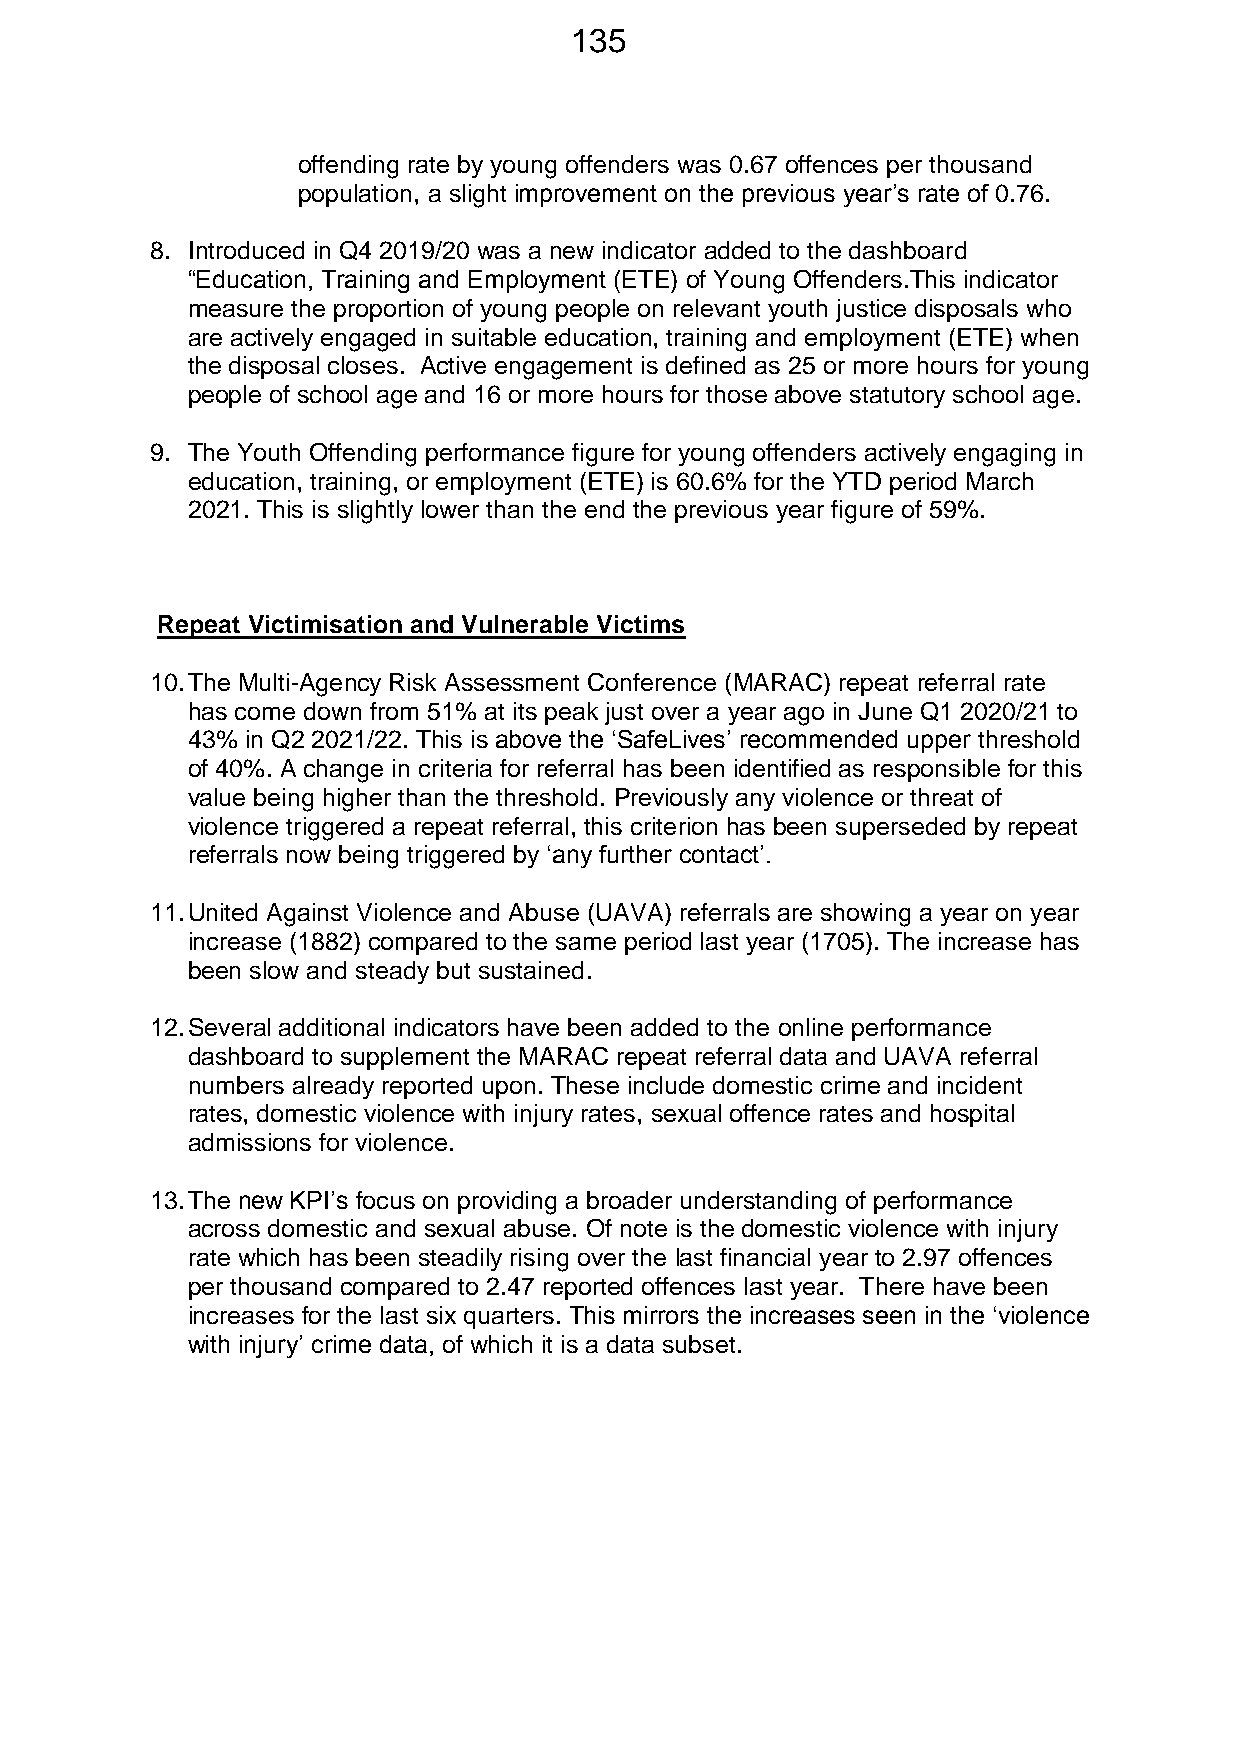
135
 offending rate by young offenders was 0.67 offences per thousand
 population, a slight improvement on the previous year’s rate of 0.76.
 8. Introduced in Q4 2019/20 was a new indicator added to the dashboard
 “Education, Training and Employment (ETE) of Young Offenders.This indicator
 measure the proportion of young people on relevant youth justice disposals who
 are actively engaged in suitable education, training and employment (ETE) when
 the disposal closes. Active engagement is defined as 25 or more hours for young
 people of school age and 16 or more hours for those above statutory school age.
 9. The Youth Offending performance figure for young offenders actively engaging in
 education, training, or employment (ETE) is 60.6% for the YTD period March
 2021. This is slightly lower than the end the previous year figure of 59%.
 Repeat Victimisation and Vulnerable Victims
 10. The Multi-Agency Risk Assessment Conference (MARAC) repeat referral rate
 has come down from 51% at its peak just over a year ago in June Q1 2020/21 to
 43% in Q2 2021/22. This is above the ‘SafeLives’ recommended upper threshold
 of 40%. A change in criteria for referral has been identified as responsible for this
 value being higher than the threshold. Previously any violence or threat of
 violence triggered a repeat referral, this criterion has been superseded by repeat
 referrals now being triggered by ‘any further contact’.
 11. United Against Violence and Abuse (UAVA) referrals are showing a year on year
 increase (1882) compared to the same period last year (1705). The increase has
 been slow and steady but sustained.
 12. Several additional indicators have been added to the online performance
 dashboard to supplement the MARAC repeat referral data and UAVA referral
 numbers already reported upon. These include domestic crime and incident
 rates, domestic violence with injury rates, sexual offence rates and hospital
 admissions for violence.
 13. The new KPI’s focus on providing a broader understanding of performance
 across domestic and sexual abuse. Of note is the domestic violence with injury
 rate which has been steadily rising over the last financial year to 2.97 offences
 per thousand compared to 2.47 reported offences last year. There have been
 increases for the last six quarters. This mirrors the increases seen in the ‘violence
 with injury’ crime data, of which it is a data subset.